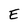
Character: E